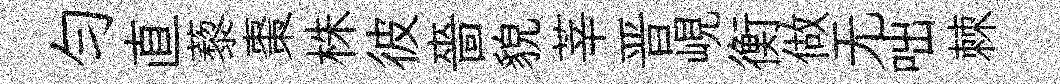
匀直藜棗株彼嗇貌莘晋峴衡做无咄棘